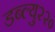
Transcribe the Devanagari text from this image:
डब्ल्यु२२०